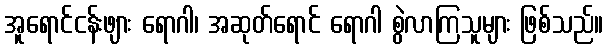
အူရောင်ငန်းဖျား ရောဂါ၊ အဆုတ်ရောင် ရောဂါ စွဲလာကြသူများ ဖြစ်သည်။